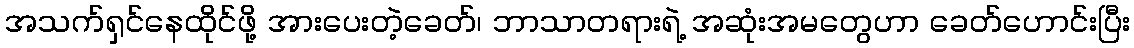
အသက်ရှင်နေထိုင်ဖို့ အားပေးတဲ့ခေတ်၊ ဘာသာတရားရဲ့ အဆုံးအမတွေဟာ ခေတ်ဟောင်းပြီး